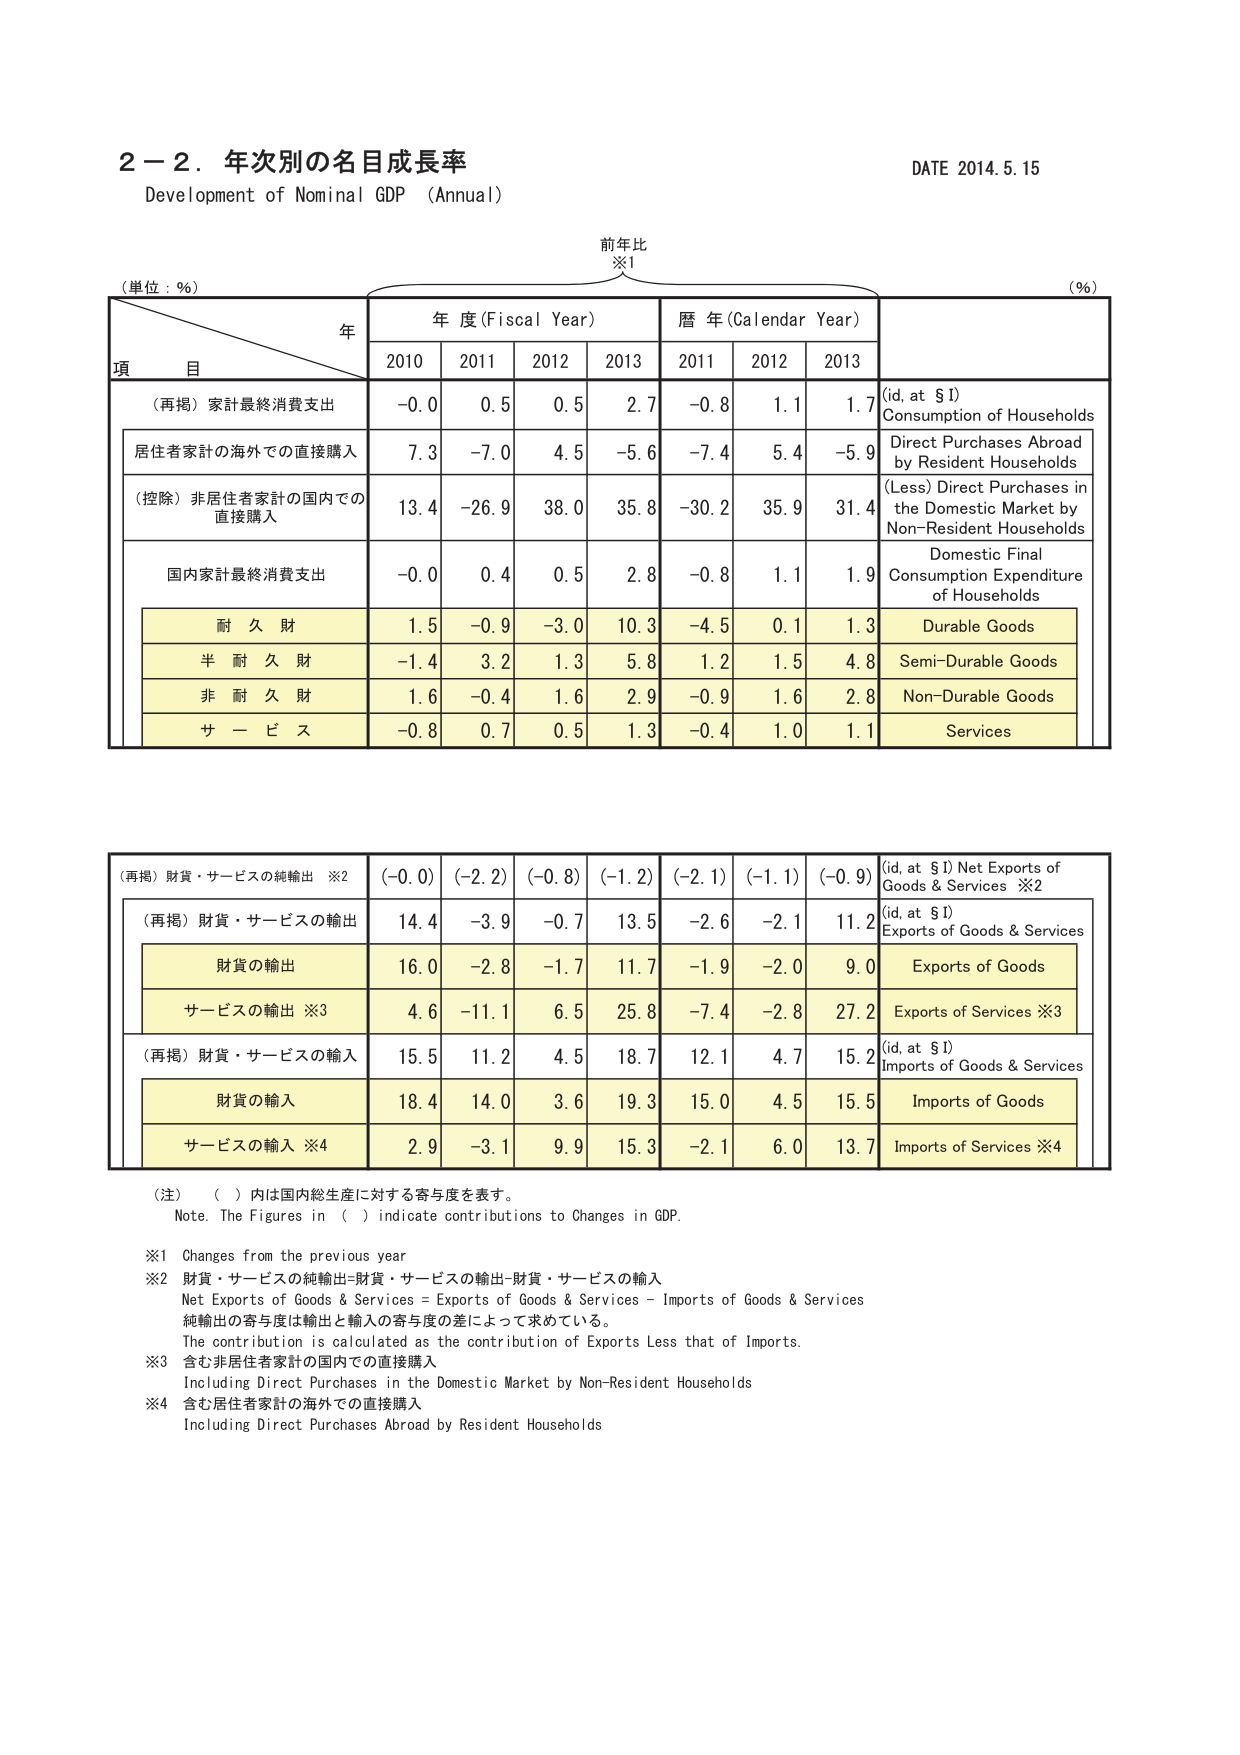
2－2．年次別の名目成長率
Development of Nominal GDP (Annual)
DATE 2014.5.15

前年比
※1

(単位：％)
(％)

年
年度 (Fiscal Year)
暦年 (Calendar Year)

項 目
2010
2011
2012
2013
2011
2012
2013

（再掲）家計最終消費支出
-0.0
0.5
0.5
2.7
-0.8
1.1
1.7
(id, at $I)
Consumption of Households

居住者家計の海外での直接購入
7.3
-7.0
4.5
-5.6
-7.4
5.4
-5.9
Direct Purchases Abroad by Resident Households

（控除）非居住者家計の国内での直接購入
13.4
-26.9
38.0
35.8
-30.2
35.9
31.4
(Less) Direct Purchases in the Domestic Market by Non-Resident Households

国内家計最終消費支出
-0.0
0.4
0.5
2.8
-0.8
1.1
1.9
Domestic Final Consumption Expenditure of Households

耐 久 財
1.5
-0.9
-3.0
10.3
-4.5
0.1
1.3
Durable Goods

半 耐 久 財
-1.4
3.2
1.3
5.8
1.2
1.5
4.8
Semi-Durable Goods

非 耐 久 財
1.6
-0.4
1.6
2.9
-0.9
1.6
2.8
Non-Durable Goods

サ ー ビ ス
-0.8
0.7
0.5
1.3
-0.4
1.0
1.1
Services

（再掲）財貨・サービスの純輸出 ※2
(-0.0)
(-2.2)
(-0.8)
(-1.2)
(-2.1)
(-1.1)
(-0.9)
(id, at $I) Net Exports of Goods & Services ※2

（再掲）財貨・サービスの輸出
14.4
-3.9
-0.7
13.5
-2.6
-2.1
11.2
(id, at $I)
Exports of Goods & Services

財貨の輸出
16.0
-2.8
-1.7
11.7
-1.9
-2.0
9.0
Exports of Goods

サービスの輸出 ※3
4.6
-11.1
6.5
25.8
-7.4
-2.8
27.2
Exports of Services ※3

（再掲）財貨・サービスの輸入
15.5
11.2
4.5
18.7
12.1
4.7
15.2
(id, at $I)
Imports of Goods & Services

財貨の輸入
18.4
14.0
3.6
19.3
15.0
4.5
15.5
Imports of Goods

サービスの輸入 ※4
2.9
-3.1
9.9
15.3
-2.1
6.0
13.7
Imports of Services ※4

（注）（ ）内は国内総生産に対する寄与度を表す。
Note. The Figures in ( ) indicate contributions to Changes in GDP.

※1 Changes from the previous year
※2 財貨・サービスの純輸出=財貨・サービスの輸出-財貨・サービスの輸入
Net Exports of Goods & Services = Exports of Goods & Services - Imports of Goods & Services
純輸出の寄与度は輸出と輸入の寄与度の差によって求めている。
The contribution is calculated as the contribution of Exports less that of Imports.
※3 含む非居住者家計の国内での直接購入
Including Direct Purchases in the Domestic Market by Non-Resident Households
※4 含む居住者家計の海外での直接購入
Including Direct Purchases Abroad by Resident Households